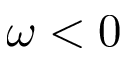
\omega < 0